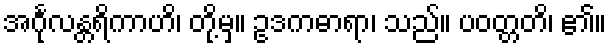
အင်္ဂုလန္တရိကာဟိ၊ တို့မှ။ ဥဒကဓာရာ၊ သည်။ ပဝတ္တတိ၊ ၏။